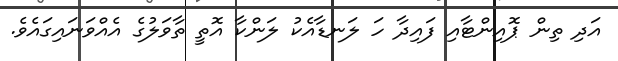
އަދި ތިން ޕޮއިންޓާއި ފައިދާ ހަ ލަނޑާއެކު ލަންކާ އޮތީ ތާވަލުގެ އެއްވަނައިގައެވެ.